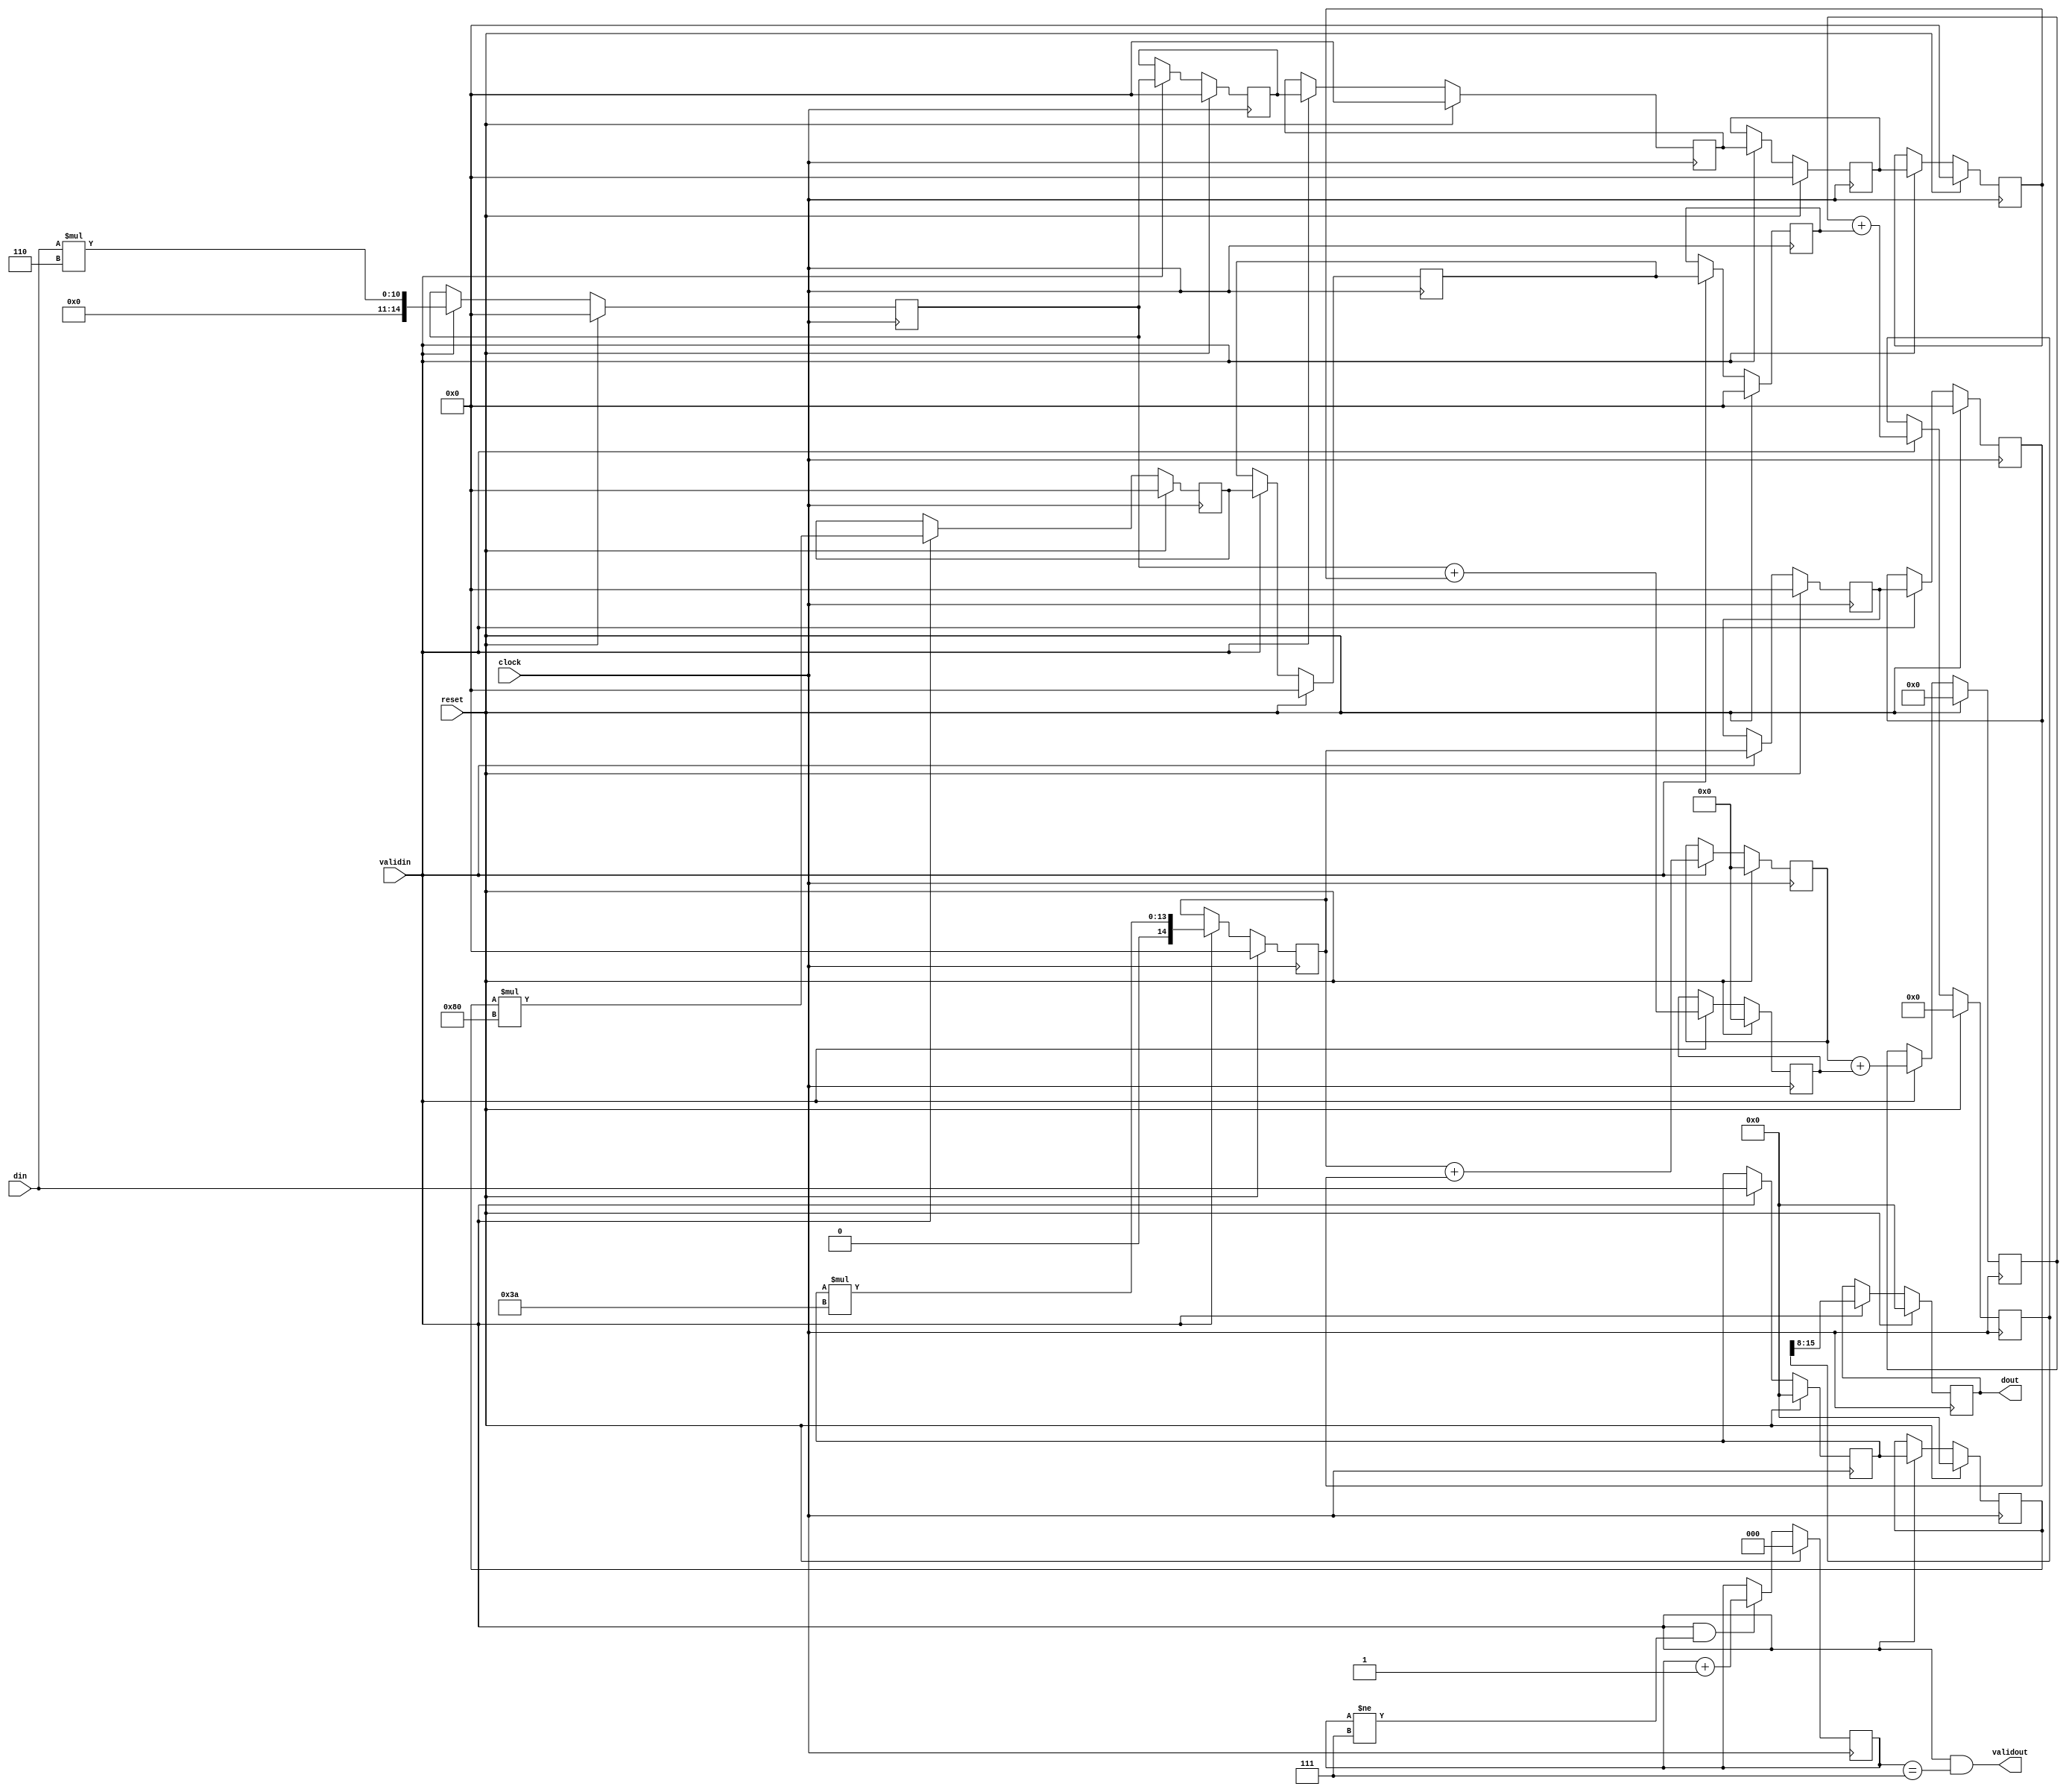
module x_window #(
	parameter h0 = 6,
	parameter h1 = 58,
	parameter h2 = 128
)(
	input reset,
	input clock,
	input [7:0] din,
	input validin,
	output [7:0] dout,
	output validout);

	reg [7:0] A0, B0, OUT;
	reg [14:0] A1, A2, A3, B1, B2, B3, C1, C2, C3, C4, C5;
	reg [15:0] B4, C6;
	reg [16:0] B5;
	reg [17:0] A4;
	reg [2:0] valid_count;

	wire [7:0] divide_result_8;

	always @(posedge clock)
		if (reset) begin
			A0 <= 0;
			A1 <= 0;
			A2 <= 0;
			A3 <= 0;
			A4 <= 0;
			B0 <= 0;
			B1 <= 0;
			B2 <= 0;
			B3 <= 0;
			B4 <= 0;
			B5 <= 0;
			C1 <= 0;
			C2 <= 0;
			C3 <= 0;
			C4 <= 0;
			C5 <= 0;
			C6 <= 0;
			OUT <= 0;
		end
		else if (validin) begin
			A0 <= B0;
			A1 <= A0 * h2;
			A2 <= A1;
			A3 <= A2;
			A4 <= B5 + A3;
			B0 <= din;
			B1 <= B0 * h1;
			B2 <= B1;
			B3 <= B2;
			B4 <= B1 + B3;
			B5 <= B4 + C6;
			C1 <= din * h0;
			C2 <= C1;
			C3 <= C2;
			C4 <= C3;
			C5 <= C4;
			C6 <= C1 + C5;
			OUT <= divide_result_8;
		end

	assign divide_result_8 = A4[15:8];

	assign validout = validin & (valid_count == 3'd7);

	assign dout = OUT;

	always @(posedge clock)
		if (reset) valid_count <= 0;
		else if (validin & (valid_count != 3'd7)) valid_count <= valid_count + 1;

endmodule